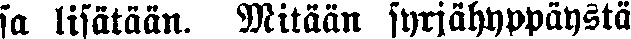
sa lisätään. Mitään syrjähyppäystä